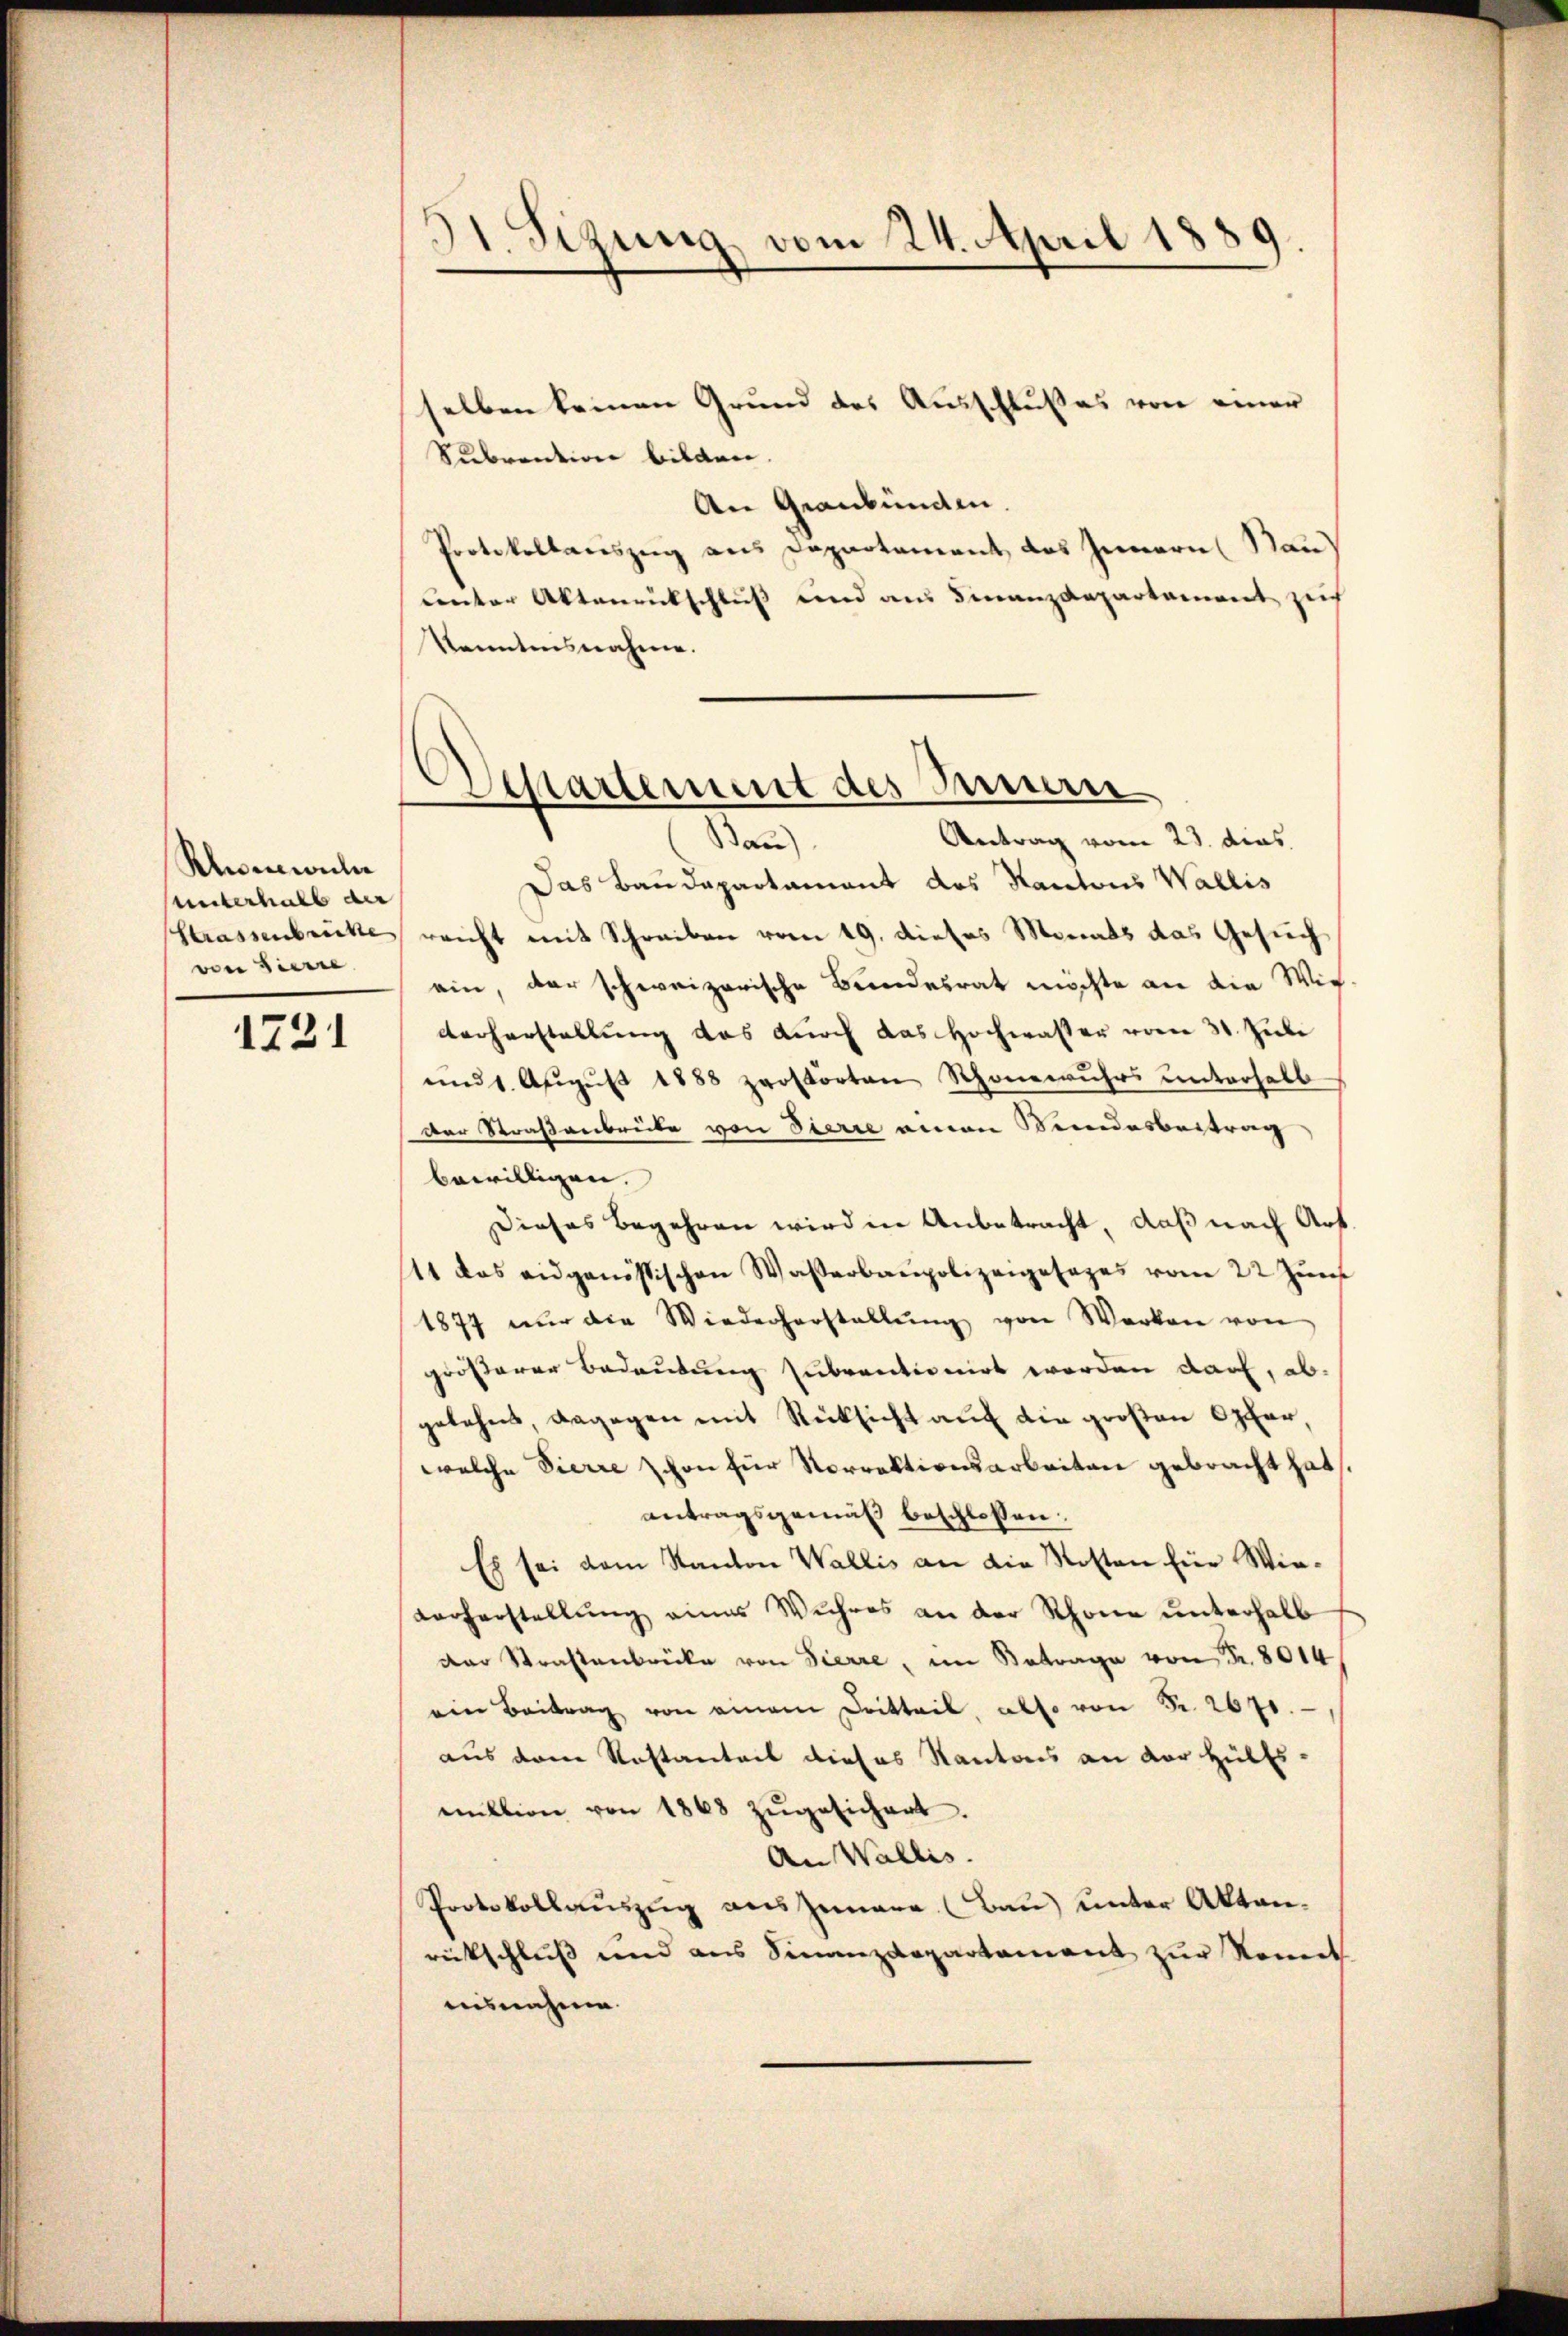
Klumwule
unterhalb der
Strassenbrücke
von Zierre

1721

Sizung vom 24. April 1889.

Departement des Innern

selben keinen Grund des Ausschlußes von einer
Subvention bilden.
An Graubünden.
Protokollauszug aus Departement das Innern Man
center Aktenrückschluß und aus Finanzdepartament zu
kanntensnahme.
Antrag vom 23. dies
Bau)
Das Baudepartament des Kantons Wallis
reicht mit Schreiben vom 19. dieses Monats das Gesuch
ein, der schweizerische Bundesrat möchte an die Wie¬
Vorherstellung das durch das Hochwasser vom 31. Juli
und 1. Aŭgŭst 1888 perstorten Schönewuhrs unterhalb
Der Straßenbreite von Pierre einen Kundesbeitrag
bewilligen.
Dieses begehren wird in Anbetracht, daß nach Art
11 das eidgenössischen Wasserbaupolizeigesezes vom 22 Jun
1877 nŭr die Wiederherstallŭng von Werken von
größerer Bedeutung subventionirt worden darf, abgelehnt, dagegen mit Rücksicht auf die großen Opfer
welche Pierre schon für Norrektionsarbeiten gebracht hat.
antragsgemäß beschlossen:
Es sei vom Kanton Wallis an die Kosten für Wievorherstellŭng eines Wuhres an der Schöne ŭnterhalb
der Strastenbrücke von Pierre, im Betrage von Fr. 8014
ein Beitrag von einem Dritteil, also von Fr. 2671.
aus dem Rostanteil dieses Kantons an der Hülfsmŭltion von 1868 zŭgesichert.
An Wallis.
Protokollauszug aus Jenare. (Bau) unter Aktenrückschluß und aus Finanzdepartement zur Komit
ausnahme.